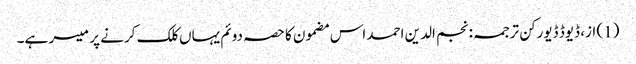
(1) از، ڈیوڈ ڈیورکن ترجمہ: نجم الدین احمد اس مضمون کا حصہ دوئم یہاں کلک کرنے پر میسر ہے۔